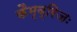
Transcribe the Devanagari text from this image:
कैम्ब्रिजः